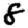
Digit: 8